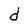
Character: d